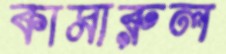
কামারুল